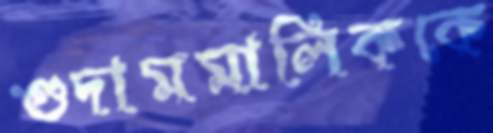
গুদামমালিককে